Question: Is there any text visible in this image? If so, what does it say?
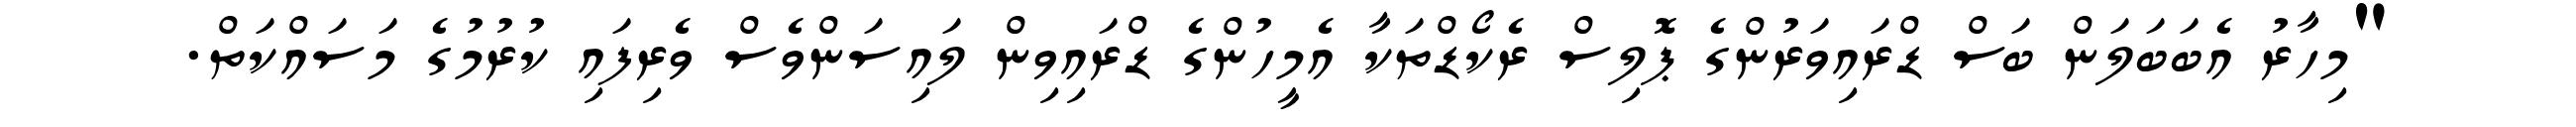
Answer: "މިހާރު އެބަބަލަން ބަސް ޑްރައިވަރުންގެ ޕޮލިސް ރެކޯޑްތަކާ އެމީހުންގެ ޑްރައިވިން ލައިސަންވެސް ވެރިފައި ކުރުމުގެ މަސައްކަތް.